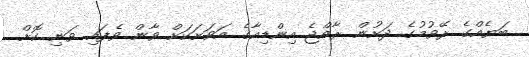
ބަޔެއްގެ ރޭވުމުގެ ދަށުން ރާއްޖެ އިންޑިއާގެ އަވަށަކަށް ވާން ވެފައި ވަނި ކޮށް